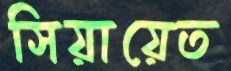
সিয়ায়েত